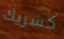
كشريك